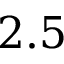
2 . 5